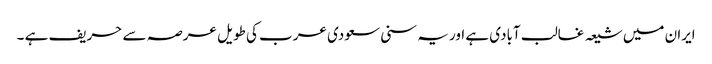
ایران میں شیعہ غالب آبادی ہے اور یہ سنی سعودی عرب کی طویل عرصہ سے حریف ہے ۔